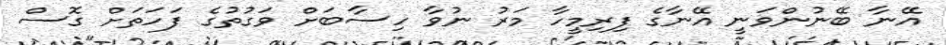
އޭނާ ބޭނުންވަނީ އޭނާގެ ފިރިމީހާ މަރު ނުވާ ހިސާބަށް ވަގުތުގެ ފަހަތަށް ގޮސް